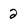
Character: 2